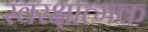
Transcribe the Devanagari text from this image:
स्वरक्षात्मक